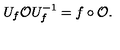
U _ { f } \mathcal { O } U _ { f } ^ { - 1 } = f \circ \mathcal { O } .